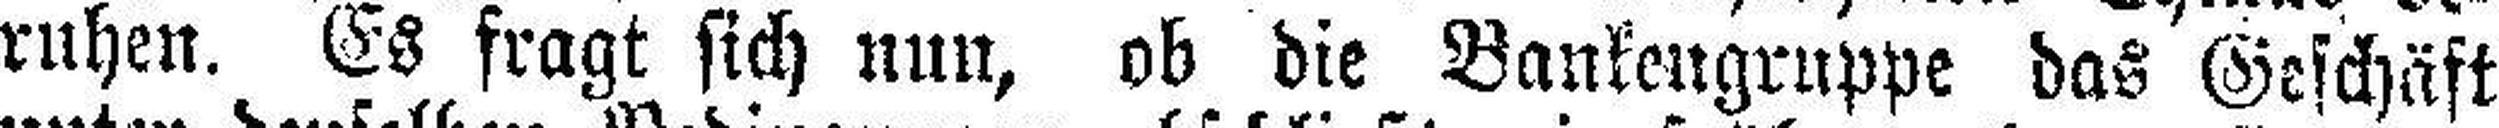
ruhen. Es fragt sich nun, ob die Bankengruppe das Geschäft